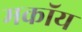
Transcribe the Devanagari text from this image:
मकॉय